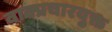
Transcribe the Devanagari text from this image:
वाक्प्रचारयुक्त